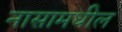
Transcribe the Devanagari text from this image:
नासामधील